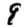
Digit: 9